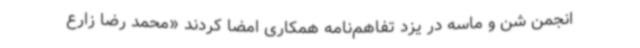
انجمن شن و ماسه در یزد تفاهم‌نامه همکاری امضا کردند «محمد رضا زارع